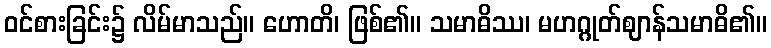
ဝင်စားခြင်း၌ လိမ်မာသည်။ ဟောတိ၊ ဖြစ်၏။ သမာဓိဿ၊ မဟဂ္ဂုတ်ဈာန်သမာဓိ၏။